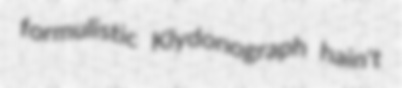
formulistic Klydonograph hain't